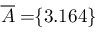
\! \! \! \! \! \! \! \; \; \; \; \overline { { A } } = \! \! \{ 3 . 1 6 4 \} \! \! \!